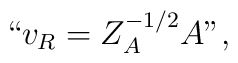
{\mbox{{\rm ``}}} v_R = Z_A^{-1/2} A {\mbox{{\rm ''}}},